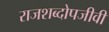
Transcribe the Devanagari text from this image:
राजशब्दोपजीवी